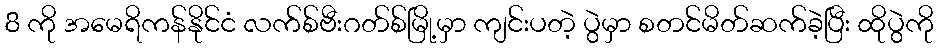
8 ကို အမေရိကန်နိုင်ငံ လက်စ်ဗီးဂတ်စ်မြို့မှာ ကျင်းပတဲ့ ပွဲမှာ စတင်မိတ်ဆက်ခဲ့ပြီး ထိုပွဲကို